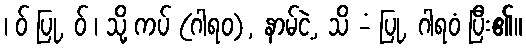
၊ ဝ် ပြု, ဝ် ၊ သို့ ကပ် (ဂါရဝ), နာမ်ငဲ့, သိ -ံ ပြု, ဂါရဝံ ပြီး၏။